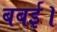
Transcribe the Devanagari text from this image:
बबई।